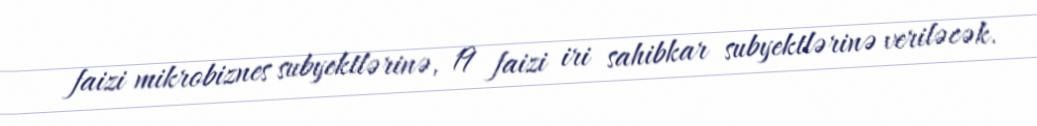
faizi mikrobiznes subyektlərinə, 19 faizi iri sahibkar subyektlərinə veriləcək.